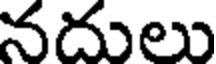
నదులు